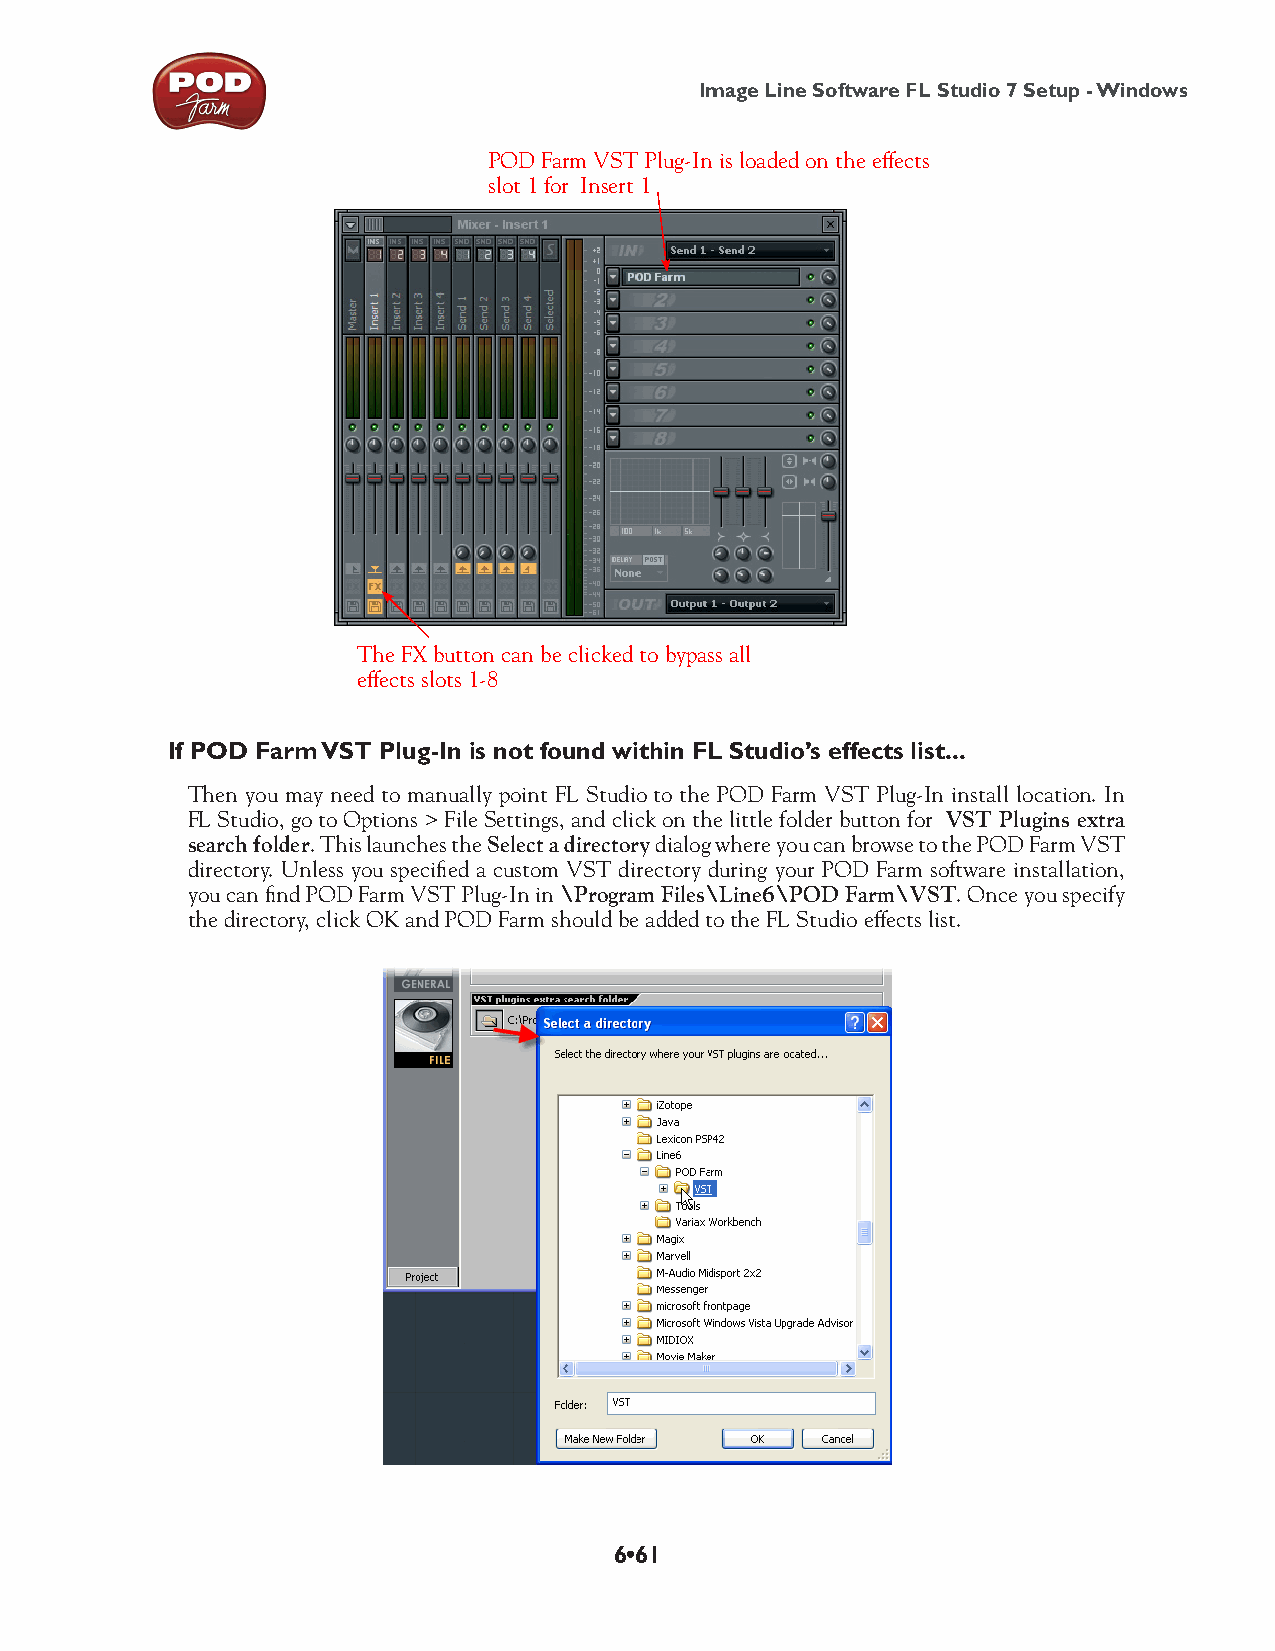
Image Line Software FL Studio 7 Setup - Windows
 POD Farm VST Plug-In is loaded on the effects
 slot 1 for Insert 1
 The FX button can be clicked to bypass all
 effects slots 1-8
 If POD Farm VST Plug-In is not found within FL Studio’s effects list...
 Then you may need to manually point FL Studio to the POD Farm VST Plug-In install location. In
 FL Studio, go to Options > File Settings, and click on the little folder button for VST Plugins extra
 search folder. This launches the Select a directory dialog where you can browse to the POD Farm VST
 directory. Unless you specified a custom VST directory during your POD Farm software installation,
 you can find POD Farm VST Plug-In in \Program Files\Line6\POD Farm\VST. Once you specify
 the directory, click OK and POD Farm should be added to the FL Studio effects list.
 6•61